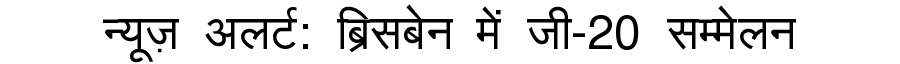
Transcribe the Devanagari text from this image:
न्यूज़ अलर्ट: ब्रिसबेन में जी-20 सम्मेलन